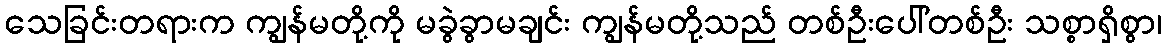
သေခြင်းတရားက ကျွန်မတို့ကို မခွဲခွာမချင်း ကျွန်မတို့သည် တစ်ဦးပေါ်တစ်ဦး သစ္စာရှိစွာ၊